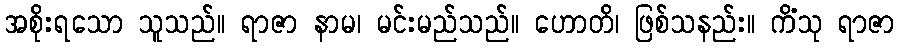
အစိုးရသော သူသည်။ ရာဇာ နာမ၊ မင်းမည်သည်။ ဟောတိ၊ ဖြစ်သနည်း။ ကိံသု ရာဇာ